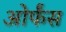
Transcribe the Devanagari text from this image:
ओर्फंस